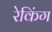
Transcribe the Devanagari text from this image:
रेकिंग